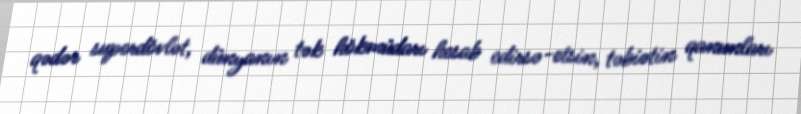
qədər superdövlət, dünyanın tək hökmüdarı hesab edirsə-etsin, təbiətin qanunları